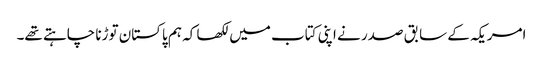
امریکہ کے سابق صدر نے اپنی کتاب میں لکھا کہ ہم پاکستان توڑنا چاہتے تھے۔